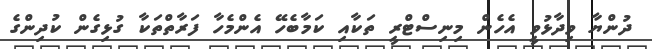
ދުންޔާ ވިދާޅުވީ އެހެން މިނިސްޓްރީ ތަކާއި ކަމާބެހޭ އެންމެހާ ފަރާތްތަކާ ގުޅިގެން ކުދިންގެ